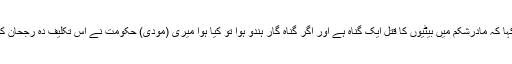
مہاپریورتن ریلی میں جب مودی نے یہ کہا کہ مادرشکم میں بیٹیوں کا قتل ایک گناہ ہے اور اگر گناہ گار ہندو ہوا تو کیا ہوا میری (مودی) حکومت نے اس تکلیف دہ رجحان کو ختم کرنے کے متعدد اقدامات کئے ہیں۔